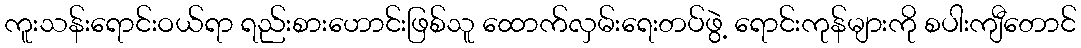
ကူးသန်းရောင်းဝယ်ရာ ရည်းစားဟောင်းဖြစ်သူ ထောက်လှမ်းရေးတပ်ဖွဲ့ ရောင်းကုန်များကို စပါးကျီတောင်